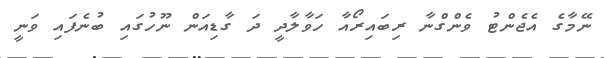
ނޭމާގެ އެޖެންޓު ވެންގްނާ ރިބައިރޯއާ ހަވާލާދީ ދަ ގާޑިއަން ނޫހުގައި ބުނެފައި ވަނީ